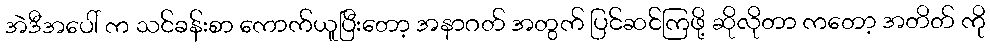
အဲဒီအပေါ် က သင်ခန်းစာ ကောက်ယူပြီးတော့ အနာဂတ် အတွက် ပြင်ဆင်ကြဖို့ ဆိုလိုတာ ကတော့ အတိတ် ကို